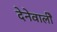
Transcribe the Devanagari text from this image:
देनेवालीे